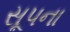
સૂપના